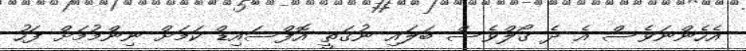
އެހެންނަވެސް އެ ދެ ގޯލްވެސް ބަލައި ނުގަތީ އޮފްސައިޑް ކަމަށް ނިންމުމަށް ފަހު